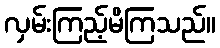
လှမ်းကြည့်မိကြသည်။